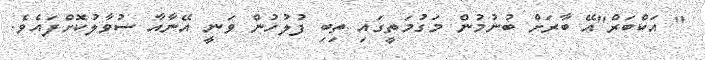
" އަކްބަރް"އޭ ބާރަށް ބުނުމުން މަގުމަތީގައި ތިބި ފުލުހުން ވަނީ އޭނާއާ ސުވާލުކޮށްފައެވެ.